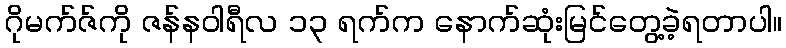
ဂိုမက်ဇ်ကို ဇန်နဝါရီလ ၁၃ ရက်က နောက်ဆုံးမြင်တွေ့ခဲ့ရတာပါ။